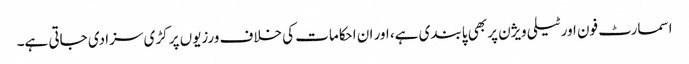
اسمارٹ فون اور ٹیلی ویژن پر بھی پابندی ہے، اور ان احکامات کی خلاف ورزیوں پر کڑی سزا دی جاتی ہے۔